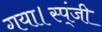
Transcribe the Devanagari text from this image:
गया।स्प्ंजी